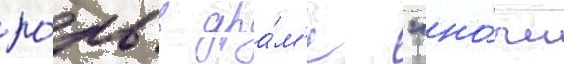
ро́ль в дра́м'е "но́чи